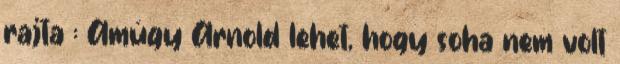
rajta : Amúgy Arnold lehet, hogy soha nem volt